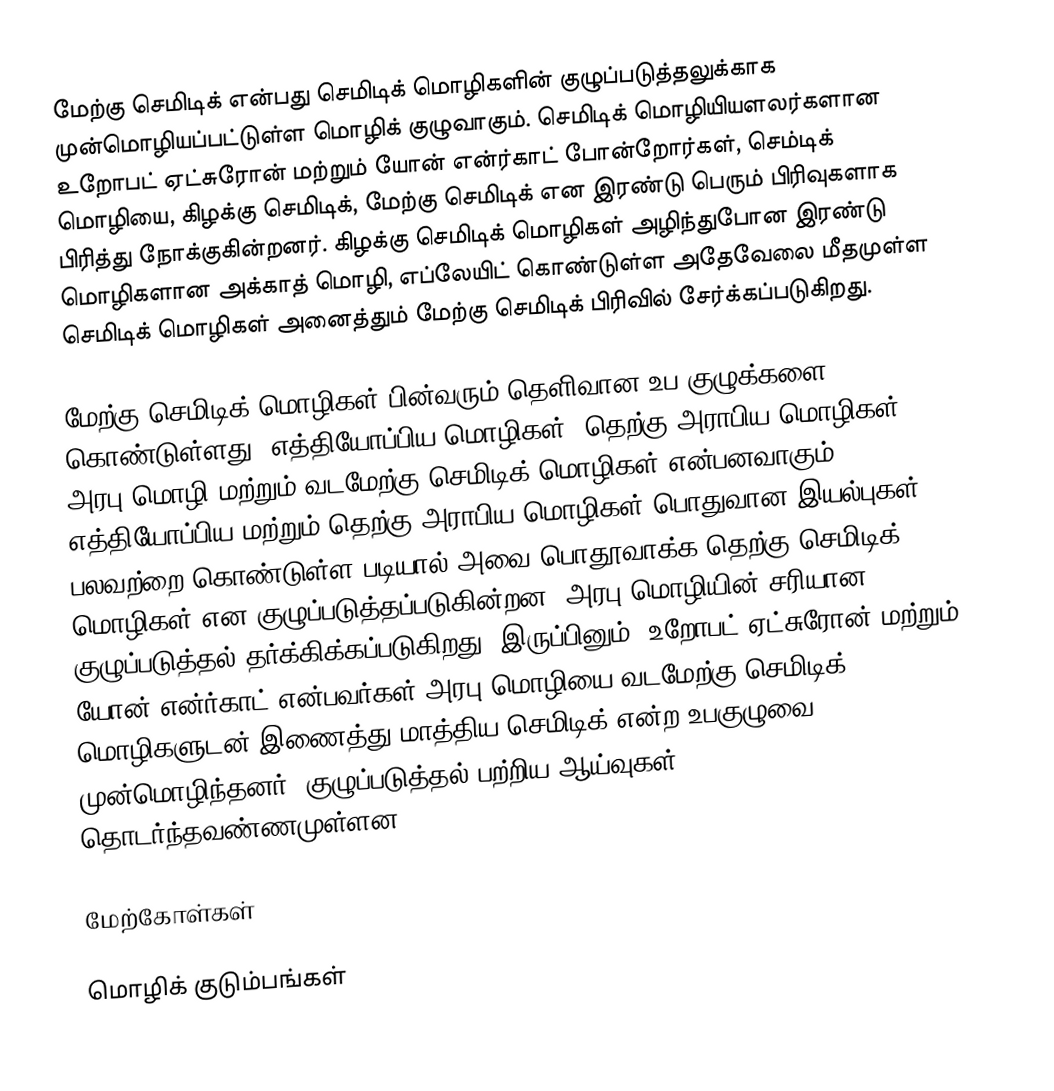
மேற்கு செமிடிக் என்பது செமிடிக் மொழிகளின் குழுப்படுத்தலுக்காக முன்மொழியப்பட்டுள்ள மொழிக் குழுவாகும். செமிடிக் மொழியியளலர்களான உறோபட் ஏட்சுரோன் மற்றும் யோன் என்ர்காட் போன்றோர்கள், செம்டிக் மொழியை, கிழக்கு செமிடிக், மேற்கு செமிடிக் என இரண்டு பெரும் பிரிவுகளாக பிரித்து நோக்குகின்றனர். கிழக்கு செமிடிக் மொழிகள் அழிந்துபோன இரண்டு மொழிகளான அக்காத் மொழி, எப்லேயிட் கொண்டுள்ள அதேவேலை மீதமுள்ள செமிடிக் மொழிகள் அனைத்தும் மேற்கு செமிடிக் பிரிவில் சேர்க்கப்படுகிறது.

மேற்கு செமிடிக் மொழிகள் பின்வரும் தெளிவான உப குழுக்களை கொண்டுள்ளது: எத்தியோப்பிய மொழிகள், தெற்கு அராபிய மொழிகள், அரபு மொழி மற்றும் வடமேற்கு செமிடிக் மொழிகள் என்பனவாகும். எத்தியோப்பிய மற்றும் தெற்கு அராபிய மொழிகள் பொதுவான இயல்புகள் பலவற்றை கொண்டுள்ள படியால் அவை பொதூவாக்க தெற்கு செமிடிக் மொழிகள் என குழுப்படுத்தப்படுகின்றன. அரபு மொழியின் சரியான குழுப்படுத்தல் தர்க்கிக்கப்படுகிறது. இருப்பினும், உறோபட் ஏட்சுரோன் மற்றும் யோன் என்ர்காட் என்பவர்கள் அரபு மொழியை வடமேற்கு செமிடிக் மொழிகளுடன் இணைத்து மாத்திய செமிடிக் என்ற உபகுழுவை முன்மொழிந்தனர். குழுப்படுத்தல் பற்றிய ஆய்வுகள் தொடர்ந்தவண்ணமுள்ளன.

மேற்கோள்கள்

மொழிக் குடும்பங்கள்